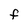
Character: f